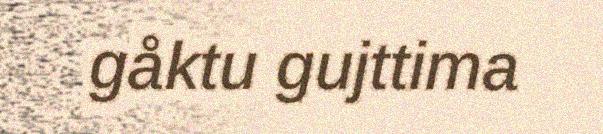
gåktu gujttima